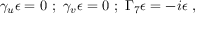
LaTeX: \gamma _ { u } \epsilon = 0 ~ ; ~ \gamma _ { v } \epsilon = 0 ~ ; ~ \Gamma _ { 7 } \epsilon = - i \epsilon ~ ,